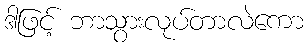
ဒါဖြင့် ဘာသွားလုပ်တာလဲကော